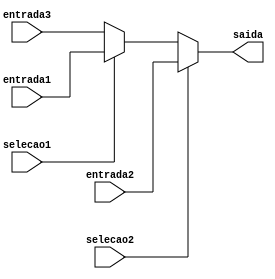
module mux5b
#(parameter DATA_WIDTH=32, parameter ADDR_WIDTH=6, parameter A = 16'b0000000000000000, parameter B = 6'b000000)	
	(
	input [ADDR_WIDTH - 1:0] entrada1,
	input [ADDR_WIDTH - 1:0] entrada2,
	input [ADDR_WIDTH - 1:0] entrada3,
	output reg [ADDR_WIDTH - 1:0] saida,
	input selecao1,
	input selecao2);
	
	always @ (*)
	begin
		
		/* RT descrito pela instrucao */
		saida = entrada3;
		
		/* RD descrito pela instrucao */
		if (selecao1) saida = entrada1;
		/* RA, o ultimo registrador */
		if (selecao2) saida = entrada2;
	
	end
	
endmodule